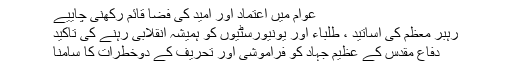
عوام میں اعتماد اور امید کی فضا قائم رکھنی چاییے
رہبر معظم کی اساتید ، طلباء اور یونیورسٹیوں کو ہمیشہ انقلابی رہنے کی تاکید
دفاع مقدس کے عظیم جہاد کو فراموشی اور تحریف کے دوخطرات کا سامنا